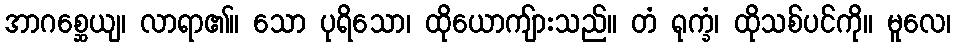
အာဂစ္ဆေယျ၊ လာရာ၏။ သော ပုရိသော၊ ထိုယောကျ်ားသည်။ တံ ရုက္ခံ၊ ထိုသစ်ပင်ကို။ မူလေ၊